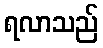
ရလာသည်